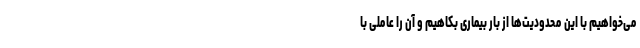
می‌خواهیم با این محدودیت‌ها از بار بیماری بکاهیم و آن را عاملی با